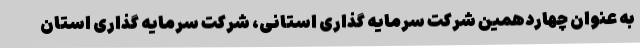
به عنوان چهاردهمین شرکت سرمایه گذاری استانی، شرکت سرمایه گذاری استان